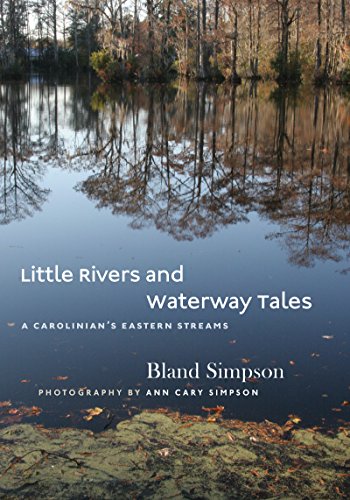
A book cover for Little Rivers and Waterway Tales: A Carolinian's Eastern Streams; Bland Simpson; Science & Math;